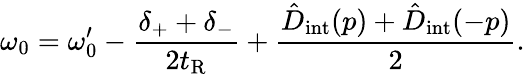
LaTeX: \omega_{0}=\omega_{0}^{\prime}-\frac{\delta_{+}+\delta_{-}}{2t_{\mathrm{R}}}+\frac{\hat{D}_{\mathrm{int}}(p)+\hat{D}_{\mathrm{int}}(-p)}{2}.